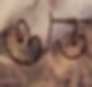
ওডে